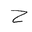
Letter: _ha